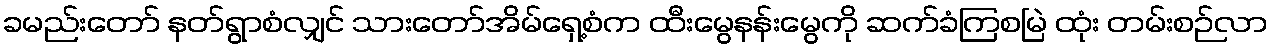
ခမည်းတော် နတ်ရွာစံလျှင် သားတော်အိမ်ရှေ့စံက ထီးမွေနန်းမွေကို ဆက်ခံကြစမြဲ ထုံး တမ်းစဉ်လာ